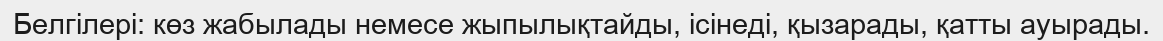
Белгілері: көз жабылады немесе жыпылықтайды, ісінеді, қызарады, қатты ауырады.